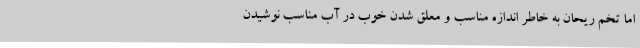
اما تخم ریحان به خاطر اندازه مناسب و معلق شدن خوب در آب مناسب نوشیدن